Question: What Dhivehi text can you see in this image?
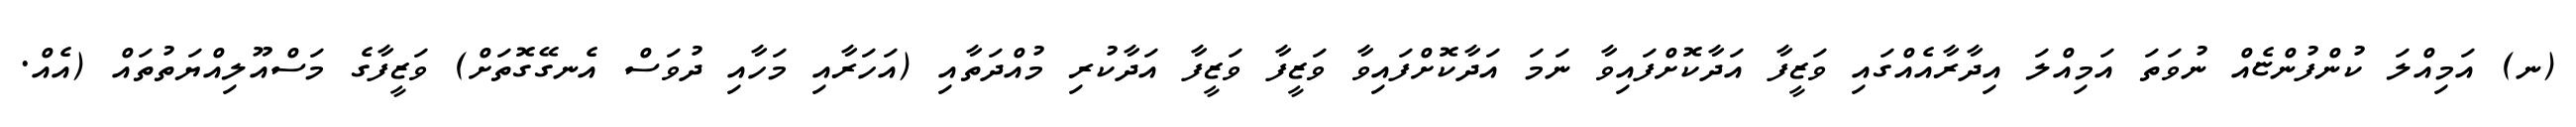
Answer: (ނ) އަމިއްލަ ކުންފުންޏެއް ނުވަތަ އަމިއްލަ އިދާރާއެއްގައި ވަޒީފާ އަދާކޮށްފައިވާ ނަމަ އަދާކޮށްފައިވާ ވަޒީފާ ވަޒީފާ އަދާކުރި މުއްދަތާއި (އަހަރާއި މަހާއި ދުވަސް އެނގޭގޮތަށް) ވަޒީފާގެ މަސްއޫލިއްޔަތުތައް (އެއް.